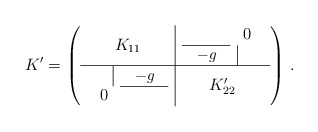
\begin{align*}K' = \left(\begin{array}{c|c}K_{11} & \begin{array}{cc} & \hspace{4pt} 0 \hspace{4pt} \\ \cline{1-1} \mbox{\hspace{2pt} \small $-g$ \hspace{1pt}} & \vline\hfill\end{array} \\\hline\begin{array}{cc}\hfill\vline & \mbox{\hspace{2pt} \small $-g$ \hspace{1pt}} \\\cline{2-2}\hspace{4pt} 0 \hspace{4pt} & \end{array} & K'_{22} \end{array}\right)\,.\end{align*}